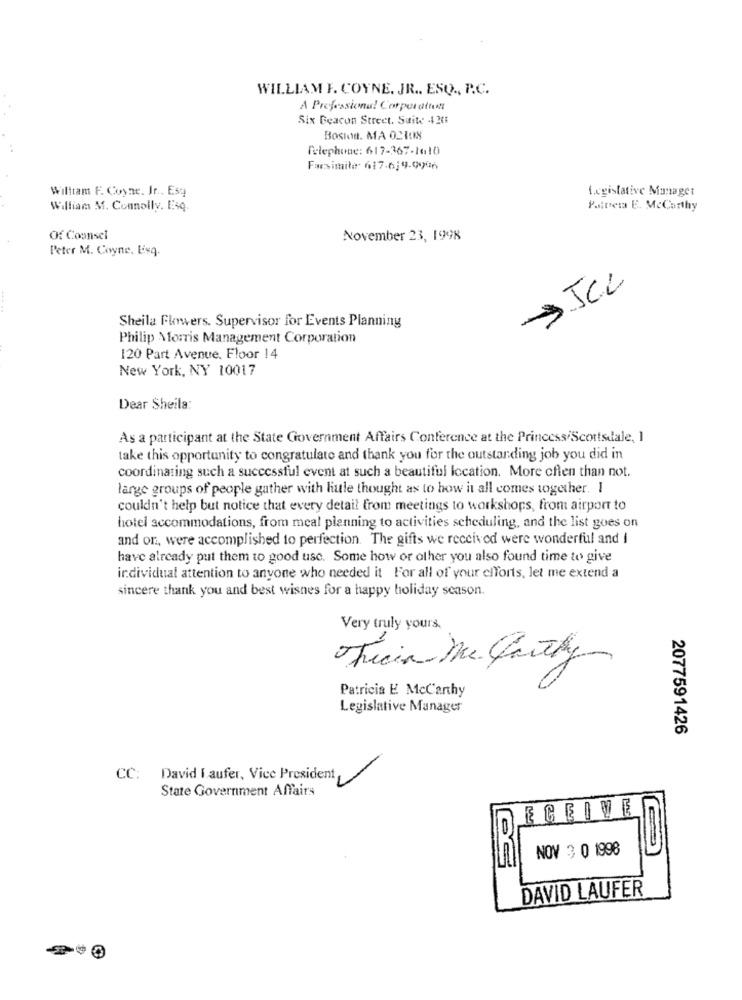
WILLIAM F. COYNE. JR .. ESO ., P.C.
A Professional Corporation
Six Beacon Street. Suite -420
Boston. MA OLHOS
Telephone: 617-367-1610
Farsimile 617.6:9.0996
William F. Coyne. Jr .. Esq
Legislative Manager
William M. Connolly. EsQ.
Pattiesa E. McCarthy
Of Counsel
November 23, 1998
Peter M. Coyne, Esq.
Sheila Flowers. Supervisor for Events Planning
Philip Morris Management Corporation
120 Part Avenue. Floor 14
New York, NY 10017
Dear Sheila:
As a participant at the State Government Affairs Conference at the Princess/Scottsdale, 1
take this opportunity to congratulate and thank you for the outstanding job you did in
coordinating such a successful event at such a beautiful location. More ofen than not.
large groups of people gather with hule thought as to how it all comes together. I
couldn't help but notice that every detail from meetings to workshops, from airport to
hotel accommodations, from meal planning to activities scheduling, and the list goes on
and on, were accomplished to perfection. The gifts we received were wonderful and I
have already put them to good use. Some how or other you also found time to give
individual attention to anyone who needed it For all of your efforts, let me extend a
sincere thank you and best wishes for a happy holiday season.
Very truly yours.
Patricia E Mccarthy
Legislative Manager
2077591426
CC: David Laufer, Vice President
State Government Affairs
ECEIVEI
NOV 3 0 1998
DAVID LAUFER